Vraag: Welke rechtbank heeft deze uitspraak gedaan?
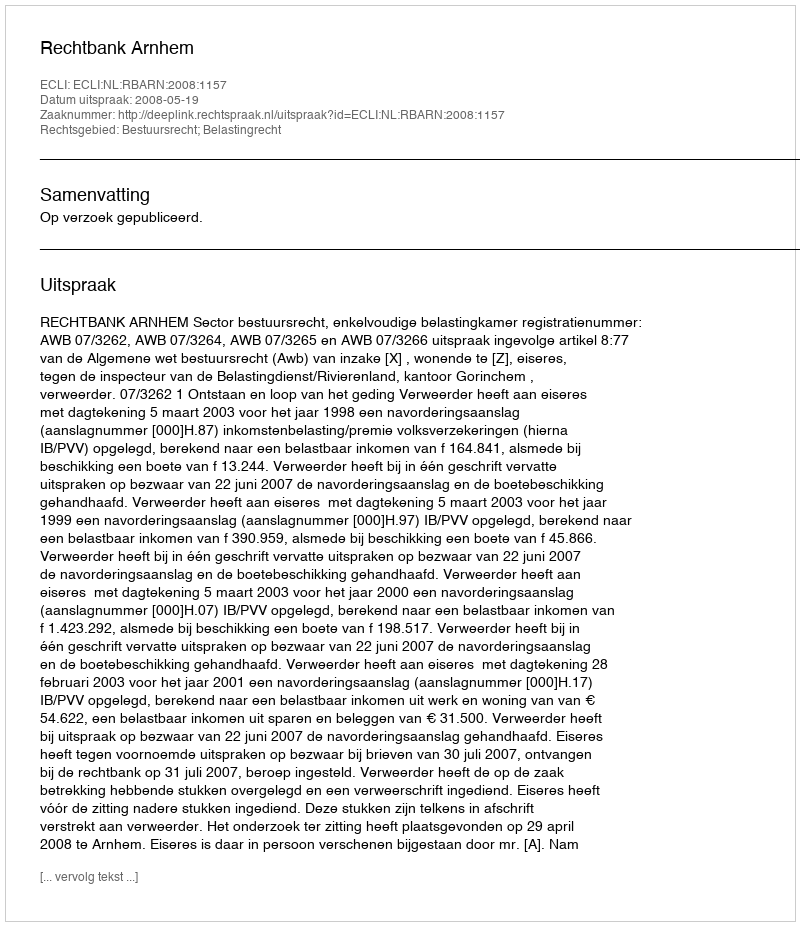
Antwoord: Rechtbank Arnhem